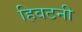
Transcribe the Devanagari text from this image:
हिवटनी